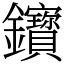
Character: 𨰦